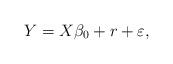
LaTeX: \begin{align*}Y = X\beta_{0} + r + \varepsilon, \end{align*}